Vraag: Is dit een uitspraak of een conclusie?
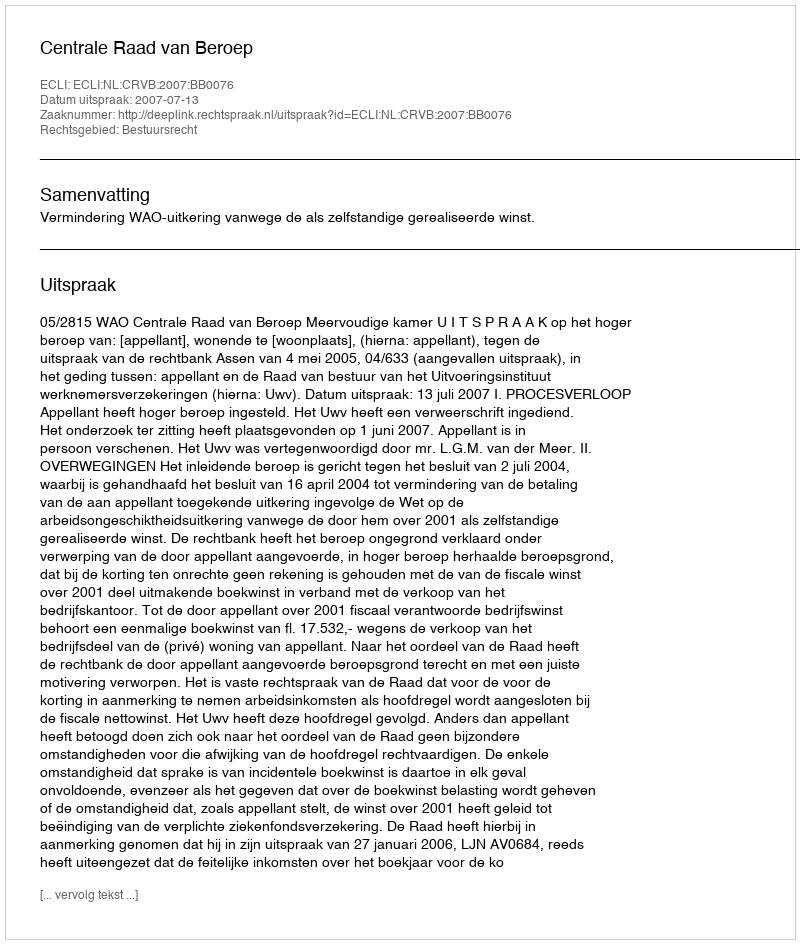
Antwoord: Uitspraak